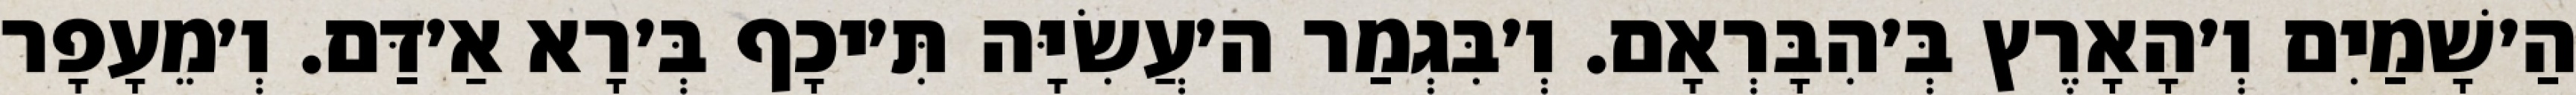
הַ׳שָׁמַיִם וְ׳הָאָרֶץ בְּ׳הִבָּרְאָם. וְ׳בִּגְמַר ה׳עֲשִׂיָּה תִּ׳יכָף בְּ׳רָא אַ׳דַּם. וְ׳מֵעָפָר